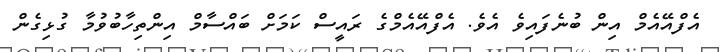
އެފްއޭއެމް އިން ބުނެފައިވެ އެވެ. އެފްއޭއެމްގެ ރައީސް ކަަމަށް ބައްސާމް އިންތިހާބުވުމާ ގުޅިގެން